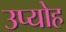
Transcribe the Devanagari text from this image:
उप्योह